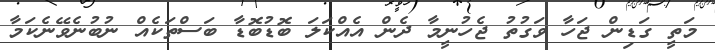
މަތީ ގަޑިން ޖަހާ ވަގުތު ޖެހުނީމާ ދެން އެއްކަލަ ބޮޑުބޮޑާ ބަސްތަކެއް ނުބުނެވޭނެކަމާ